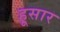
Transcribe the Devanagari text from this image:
हूसार